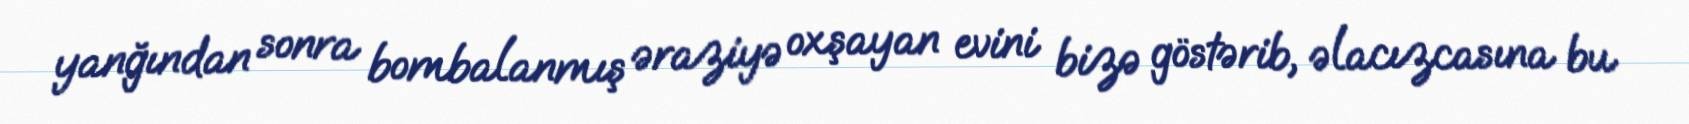
yanğından sonra bombalanmış əraziyə oxşayan evini bizə göstərib, əlacızcasına bu